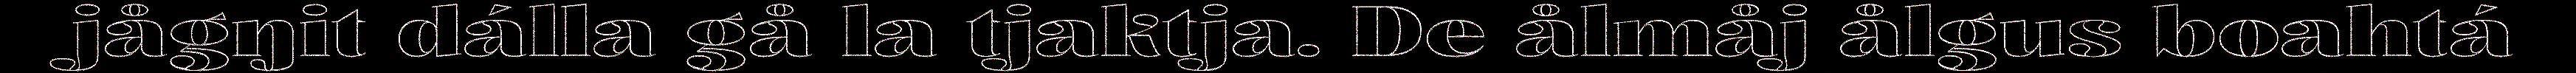
jågŋit dálla gå la tjaktja. De ålmåj ålgus boahtá